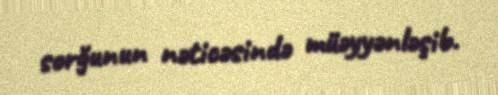
sorğunun nəticəsində müəyyənləşib.